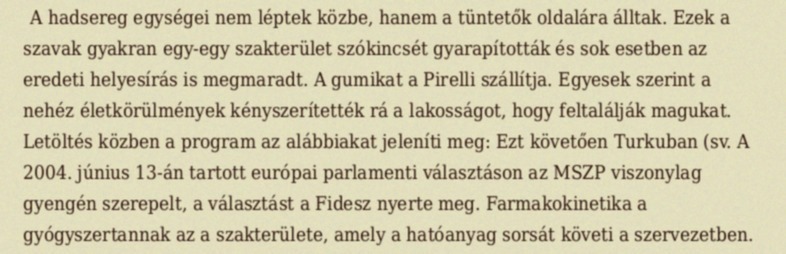
A hadsereg egységei nem léptek közbe, hanem a tüntetők oldalára álltak. Ezek a szavak gyakran egy-egy szakterület szókincsét gyarapították és sok esetben az eredeti helyesírás is megmaradt. A gumikat a Pirelli szállítja. Egyesek szerint a nehéz életkörülmények kényszerítették rá a lakosságot, hogy feltalálják magukat. Letöltés közben a program az alábbiakat jeleníti meg: Ezt követően Turkuban (sv. A 2004. június 13-án tartott európai parlamenti választáson az MSZP viszonylag gyengén szerepelt, a választást a Fidesz nyerte meg. Farmakokinetika a gyógyszertannak az a szakterülete, amely a hatóanyag sorsát követi a szervezetben.